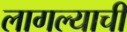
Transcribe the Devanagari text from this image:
लागल्याची